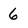
Character: 6